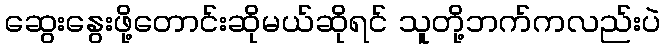
ဆွေးနွေးဖို့တောင်းဆိုမယ်ဆိုရင် သူတို့ဘက်ကလည်းပဲ